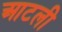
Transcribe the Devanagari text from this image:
आटली